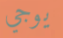
يوجي